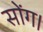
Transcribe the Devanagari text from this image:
सोंग।